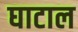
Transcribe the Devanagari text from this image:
घाटाल